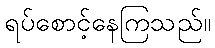
ရပ်စောင့်နေကြသည်။